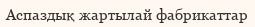
Аспаздық жартылай фабрикаттар